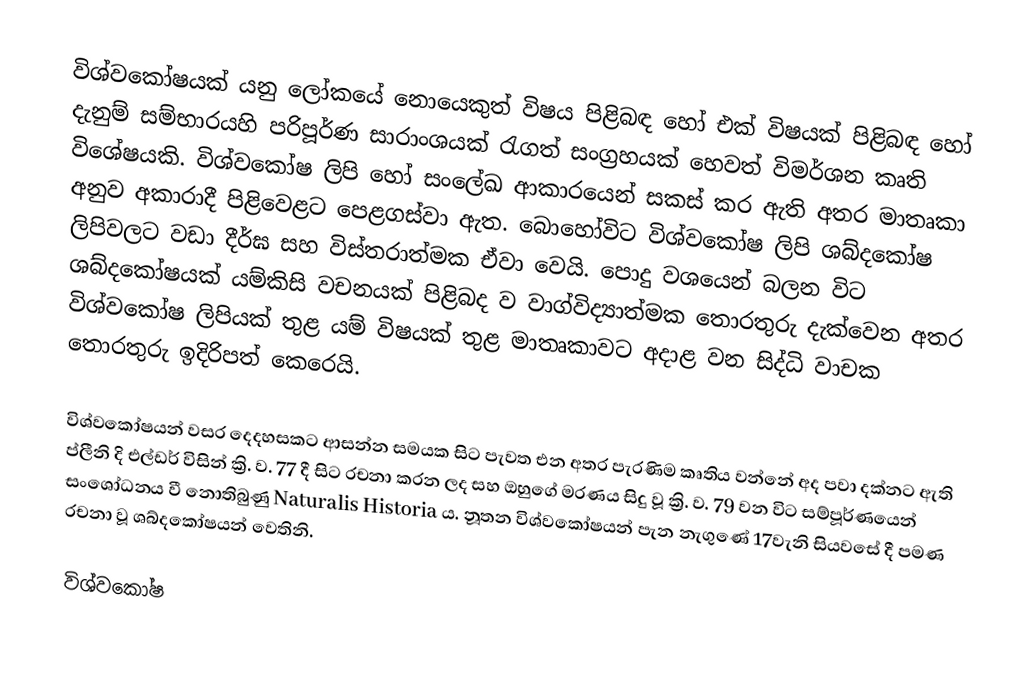
විශ්වකෝෂයක් යනු ලෝකයේ නොයෙකුත් විෂය පිළිබඳ හෝ එක් විෂයක් පිළිබඳ හෝ දැනුම් සම්භාරයහි පරිපූර්ණ සාරාංශයක් රැගත් සංග්‍රහයක් හෙවත් විමර්ශන කෘති විශේෂයකි. විශ්වකෝෂ ලිපි හෝ සංලේඛ ආකාරයෙන් සකස් කර ඇති අතර මාතෘකා අනුව අකාරාදී පිළිවෙළට පෙළගස්වා ඇත. බොහෝවිට විශ්වකෝෂ ලිපි ශබ්දකෝෂ ලිපිවලට වඩා දීර්ඝ සහ විස්තරාත්මක ඒවා වෙයි. පොදු වශයෙන් බලන විට ශබ්දකෝෂයක් යම්කිසි වචනයක් පිළිබද ව වාග්විද්‍යාත්මක තොරතුරු දැක්වෙන අතර විශ්වකෝෂ ලිපියක් තුළ යම් විෂයක් තුළ මාතෘකාවට අදාළ වන සිද්ධි වාචක තොරතුරු ඉදිරිපත් කෙරෙයි.

විශ්වකෝෂයන් වසර දෙදහසකට ආසන්න සමයක සිට පැවත එන අතර පැරණිම කෘතිය වන්නේ අද පවා දක්නට ඇති ප්ලීනි දි එල්ඩර් විසින්  ක්‍රි. ව. 77 දී සිට රචනා කරන ලද සහ ඔහුගේ මරණය සිදු වූ ක්‍රි. ව. 79 වන විට සම්පූර්ණයෙන් සංශෝධනය වී නොතිබුණු  Naturalis Historia  ය. නූතන විශ්වකෝෂයන් පැන නැගුණේ 17වැනි සියවසේ දී පමණ රචනා වූ ශබ්දකෝෂයන් වෙතිනි.

විශ්වකෝෂ